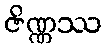
ဇိဏ္ဏဿ